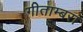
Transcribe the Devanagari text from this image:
गीताम्बरा